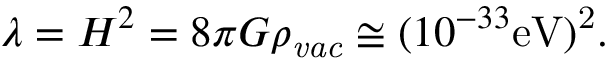
\lambda = H ^ { 2 } = 8 \pi G \rho _ { \it v a c } \cong ( 1 0 ^ { - 3 3 } \mathrm { e V ) ^ { 2 } . }